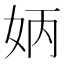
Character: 𡛦